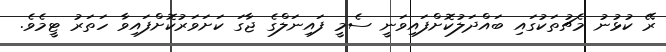
ރޭ ކުޅުނު މެޗުތަކުގައި ބައްދަލުކޮށްފައިވަނީ ސެމީ ފައިނަލްގެ ޖާގަ ކަށަވަރުކޮށްފައިވާ ހަތަރު ޓީމެވެ.